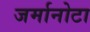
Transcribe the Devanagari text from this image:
जर्मानोटा